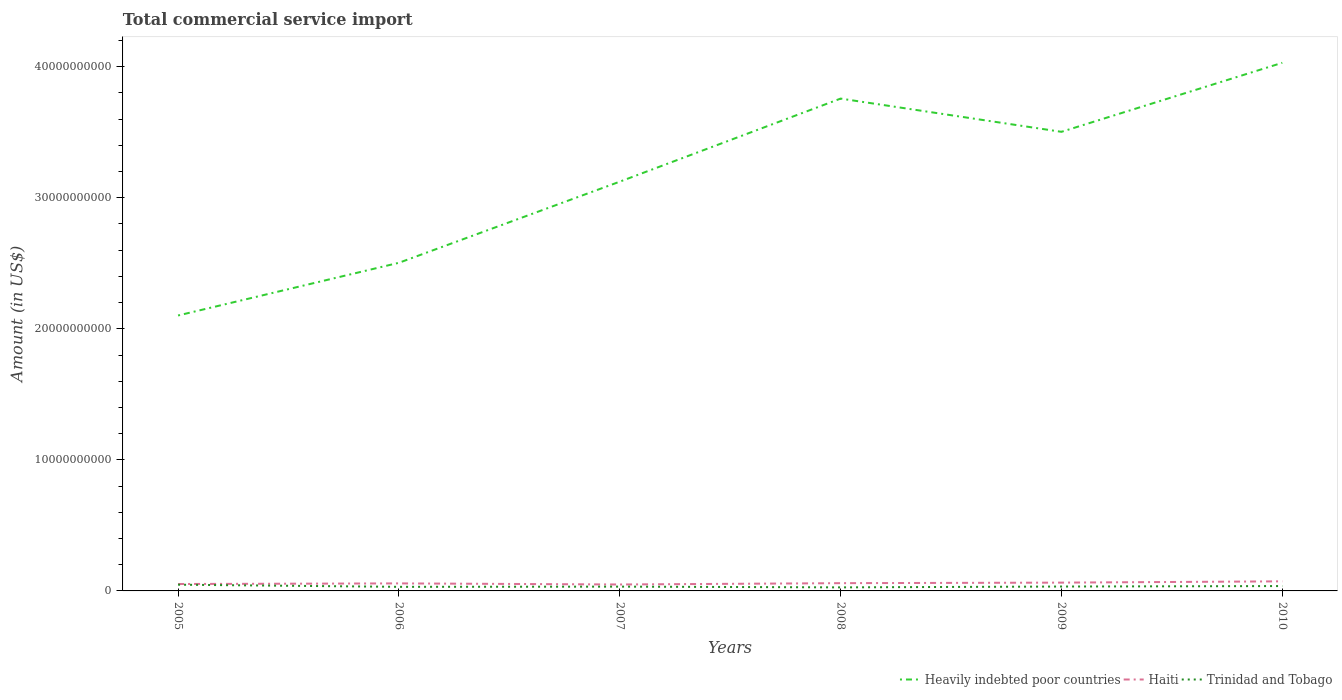
| Years | Heavily indebted poor countries | Haiti | Trinidad and Tobago |
 | --- | --- | --- | --- |
 | 2005 | 2.1e+10 | 5.28e+08 | 4.75e+08 |
 | 2006 | 2.5e+10 | 5.74e+08 | 3.11e+08 |
 | 2007 | 3.12e+10 | 4.91e+08 | 3.27e+08 |
 | 2008 | 3.76e+10 | 5.92e+08 | 2.71e+08 |
 | 2009 | 3.5e+10 | 6.33e+08 | 3.35e+08 |
 | 2010 | 4.03e+10 | 7.31e+08 | 3.71e+08 |